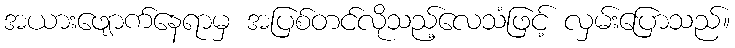
အယားဖျောက်နေရာမှ အပြစ်တင်လိုသည့်လေသံဖြင့် လှမ်းပြောသည်။